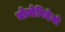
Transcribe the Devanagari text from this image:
मोन्तेविदेयो